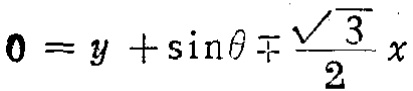
$0 = y + \sin\theta \mp \frac{\sqrt{3}}{2}x$